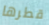
قطرها